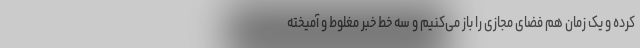
کرده و یک زمان هم فضای مجازی را باز می‌کنیم و سه خط خبر مغلوط و آمیخته